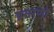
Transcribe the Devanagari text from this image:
प्रसरणों